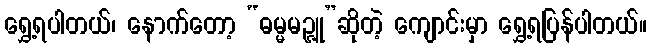
ရွှေ့ရပါတယ်၊ နောက်တော့ “ဓမ္မမဉ္ဇူ”ဆိုတဲ့ ကျောင်းမှာ ရွှေ့ရပြန်ပါတယ်။